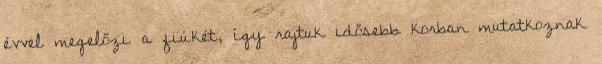
évvel megelőzi a ﬁúkét, így rajtuk idősebb korban mutatkoznak